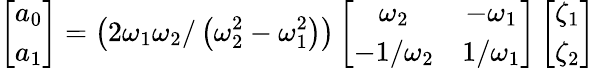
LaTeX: \left[\begin{array}{l}{a_{0}}\\ {a_{1}}\end{array}\right]=\left(2\omega_{1}\omega_{2}/\left(\omega_{2}^{2}-\omega_{1}^{2}\right)\right)\left[\begin{array}{cc}{\omega_{2}}&{-\omega_{1}}\\ {-1/\omega_{2}}&{1/\omega_{1}}\end{array}\right]\left[\begin{array}{l}{\zeta_{1}}\\ {\zeta_{2}}\end{array}\right]